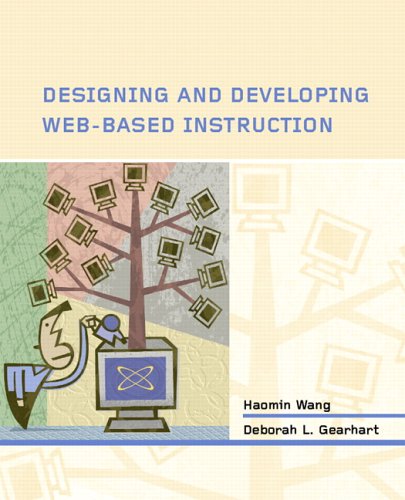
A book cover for Designing and Developing Web-based Instruction; Haomin Wang; Computers & Technology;